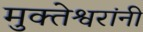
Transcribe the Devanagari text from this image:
मुक्तेश्वरांनी